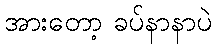
အားတော့ ခပ်နာနာပဲ